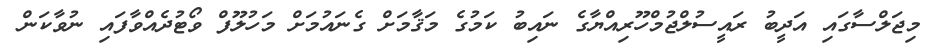
މިޖަލްސާގައި އަދީބު ރައީސުލްޖުމްހޫރިއްޔާގެ ނައިބު ކަމުގެ މަޤާމަށް ގެނައުމަށް މަހުލޫފް ވޯޓުދެއްވާފައި ނުވާކަން